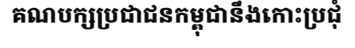
គណបក្សប្រជាជនកម្ពុជានឹងកោះប្រជុំ